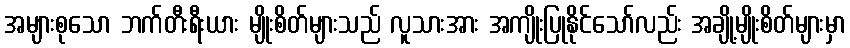
အများစုသော ဘက်တီးရီးယား မျိုးစိတ်များသည် လူသားအား အကျိုးပြုနိုင်သော်လည်း အချို့မျိုးစိတ်များမှာ